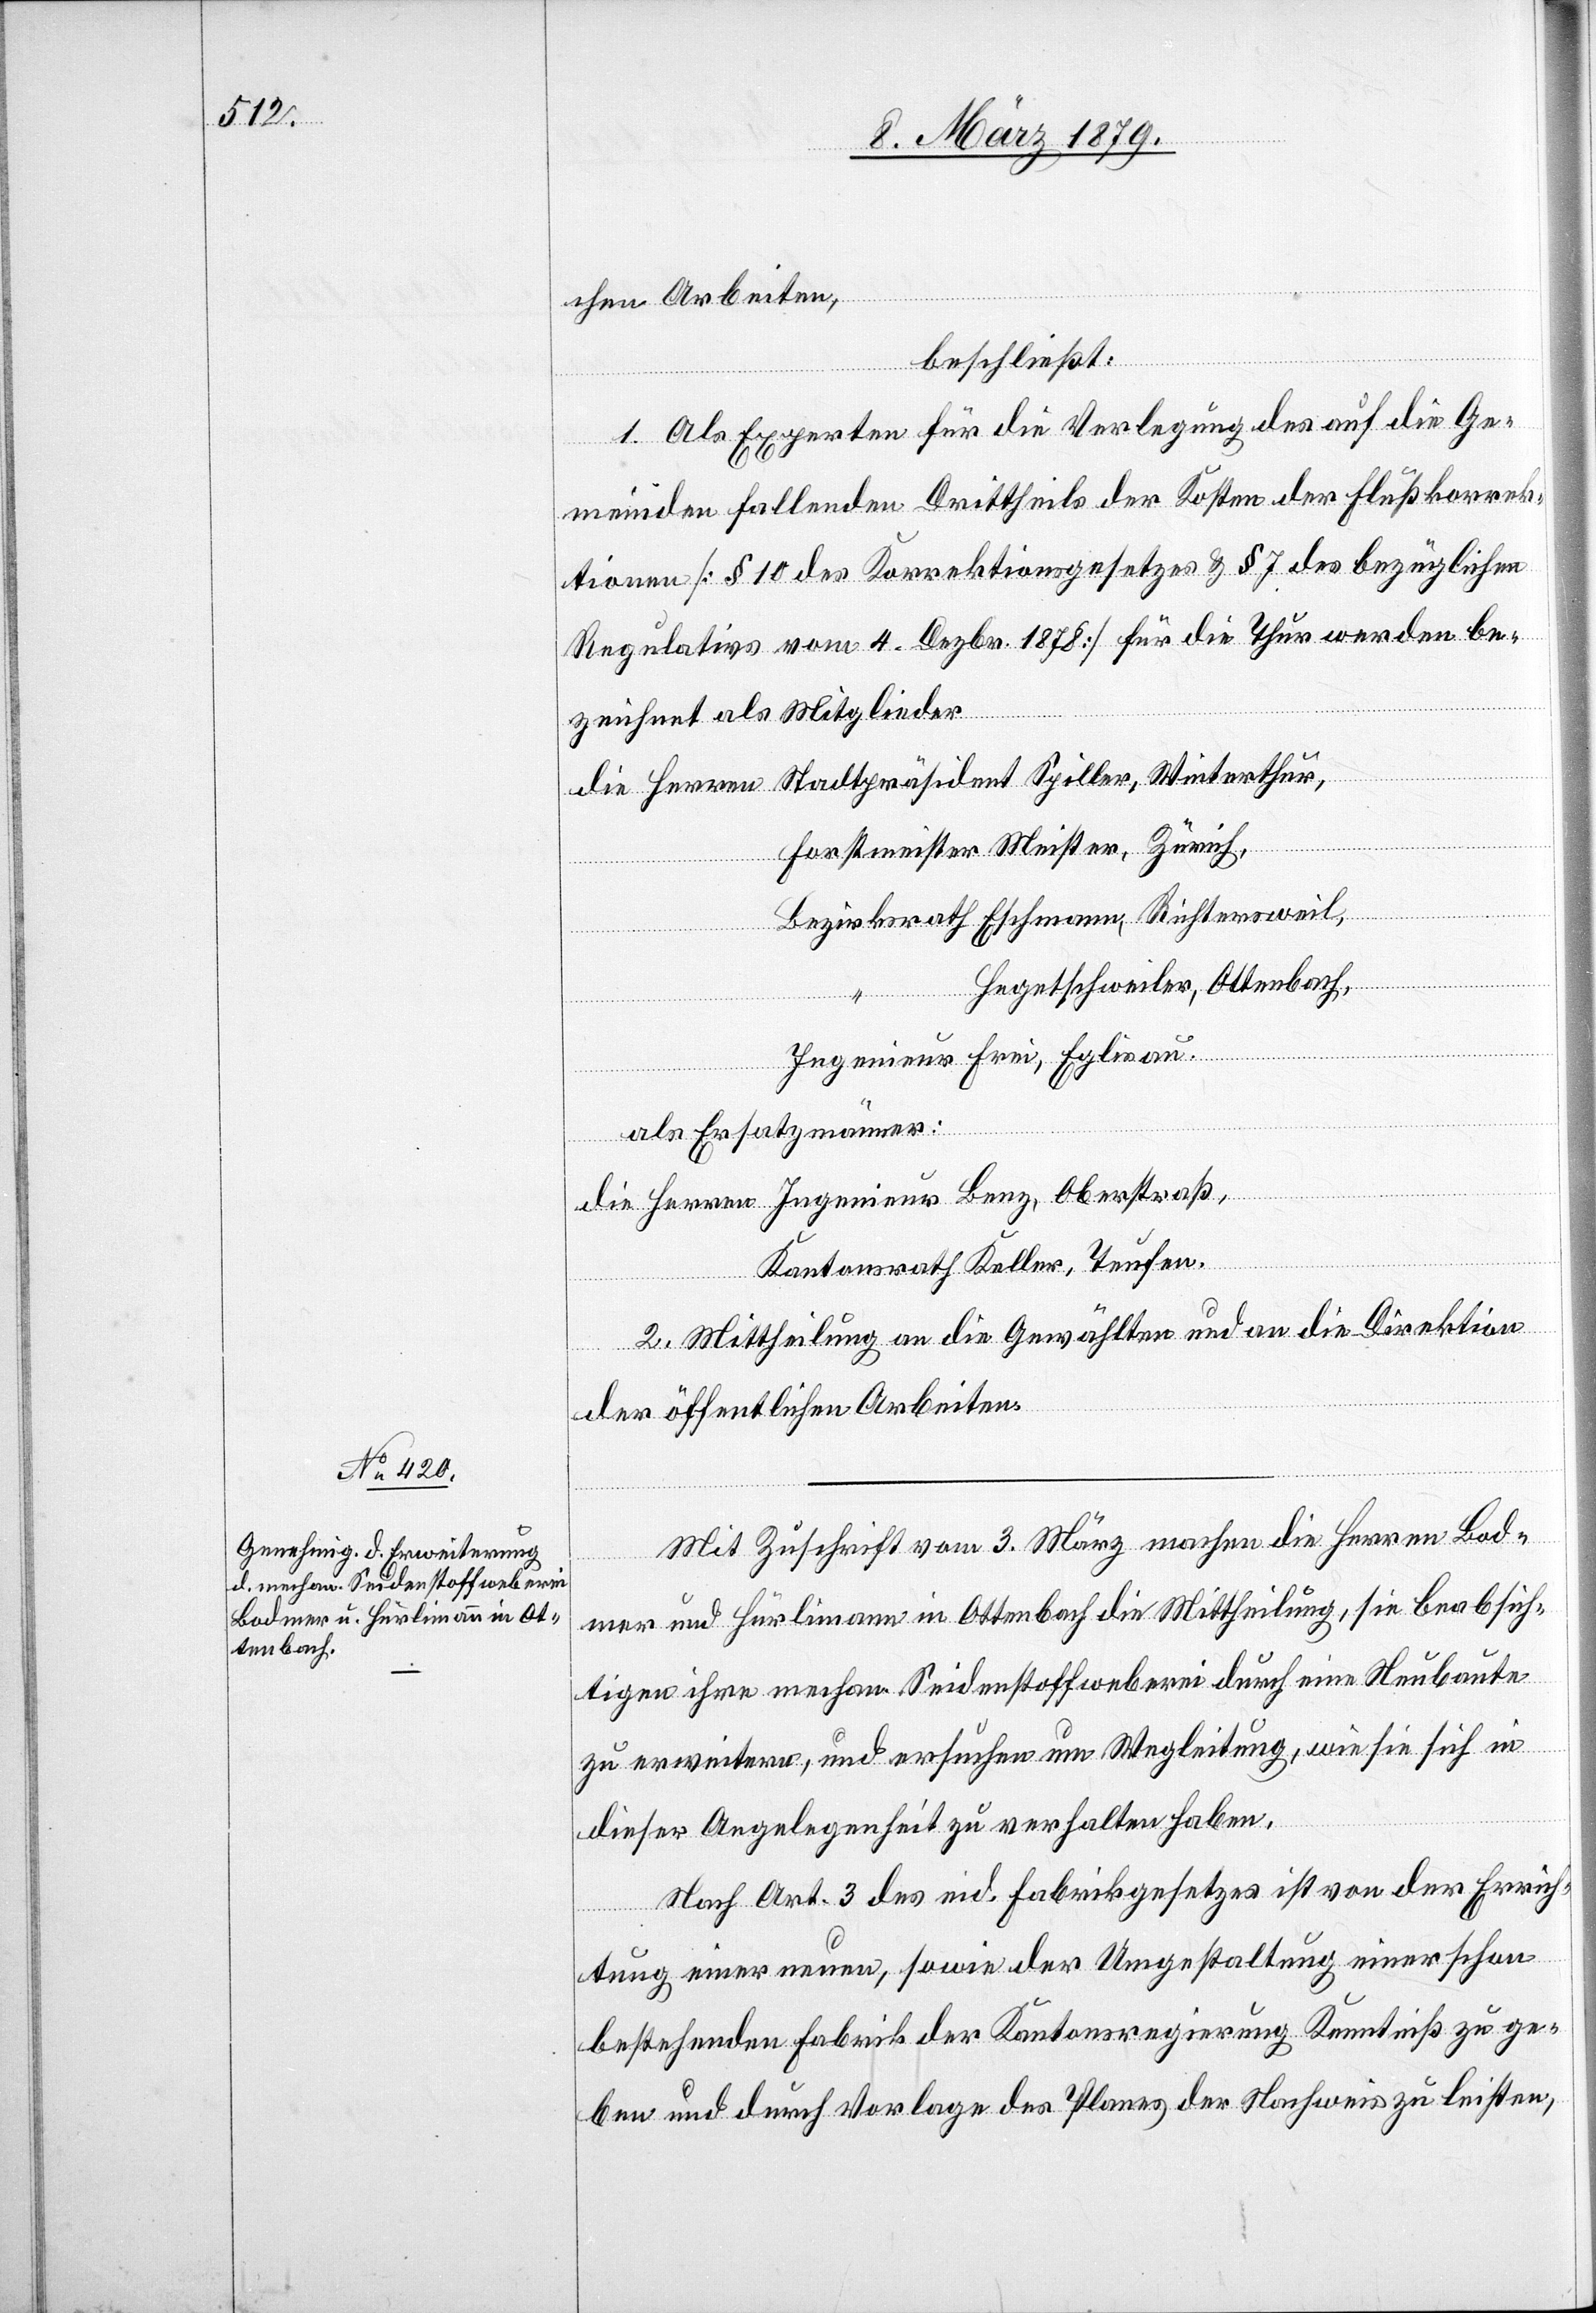
chen Arbeiten,
beschließt:
die
1. Als Experten für die Verlegung des auf die Ge¬
meinden fallenden Drittheils der Kosten der Flußkorrek¬
tionen [§ 10 des Korrektionsgesetzes & § 7 des bezüglichen
Regulativs vom 4. Dezbr. 1878] für die Thur werden be¬
zeichnet als Mitglieder
Forstmeister Meister, Zürich,
“
Hegetschweiler, Ottenbach,
Ingenieur Frei, Eglisau.
als Ersatzmänner:
Kantonsrath Keller, Teufen.
2. Mittheilung an die Gewählten und an die Direktion
der öffentlichen Arbeiten.
Mit Zuschrift vom 3. März machen die Herren Bod¬
mer und Hürlimann in Ottenbach Mittheilung, sie beabsich¬
tigen ihre mechan. Seidenstoffweberei durch eine Neubaute
zu erweitern, und ersuchen um Wegleitung, wie sie sich in
dieser Angelegenheit zu verhalten haben.
Nach Art. 3 des eid. Fabrikgesetzes ist von der Errich¬
tung einer neuen, sowie der Umgestaltung einer schon
bestehenden Fabrik der Kantonsregierung Kenntniß zu ge¬
ben und durch Vorlage des Planes der Nachweis zu leisten,